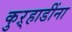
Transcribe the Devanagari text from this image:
कुऱ्हाडींना